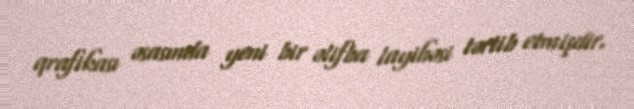
qrafikası əsasında yeni bir əlifba layihəsi tərtib etmişdir.